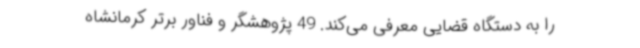
را به دستگاه قضایی معرفی می‌کند. 49 پژوهشگر و فناور برتر کرمانشاه